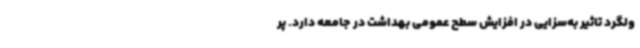
ولگرد تاثیر به‌سزایی در افزایش سطح عمومی بهداشت در جامعه دارد. پر